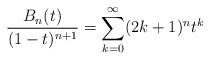
LaTeX: \begin{align*}\frac{B_{n}(t)}{(1-t)^{n+1}}=\sum_{k=0}^{\infty}(2k+1)^{n}t^{k}\end{align*}